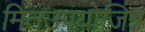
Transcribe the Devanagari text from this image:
मितउपयोजित्र